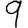
Digit: 9